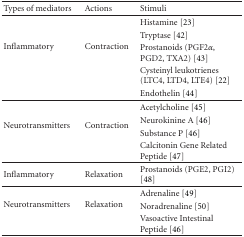
| Types of mediators | Actions | Stimuli |
 | --- | --- | --- |
 | <ROWSPAN=5> Inflammatory | <ROWSPAN=5> Contraction | Histamine [23] |
 | Tryptase [42] |
 | Prostanoids (PGF2α, PGD2, TXA2) [43] |
 | Cysteinyl leukotrienes (LTC4, LTD4, LTE4) [22] |
 | Endothelin [44] |
 | <ROWSPAN=4> Neurotransmitters | <ROWSPAN=4> Contraction | Acetylcholine [45] |
 | Neurokinine A [46] |
 | Substance P [46] |
 | Calcitonin Gene Related Peptide [47] |
 | Inflammatory | Relaxation | Prostanoids (PGE2, PGI2) [48] |
 | <ROWSPAN=3> Neurotransmitters | <ROWSPAN=3> Relaxation | Adrenaline [49] |
 | Noradrenaline [50] |
 | Vasoactive Intestinal Peptide [46] |